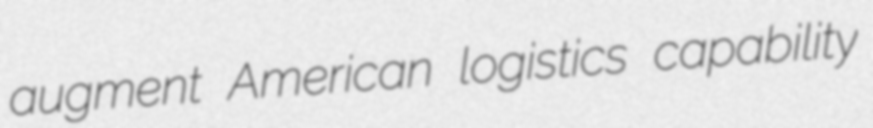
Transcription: augment American logistics capability